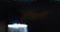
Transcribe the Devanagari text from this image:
गोखले।